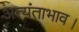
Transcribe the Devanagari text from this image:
अत्यंताभाव।